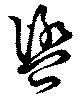
盥